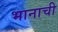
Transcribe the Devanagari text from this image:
भानाची